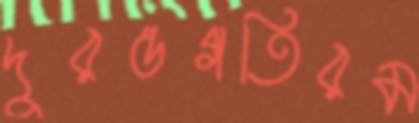
দুরন্তগতিরম